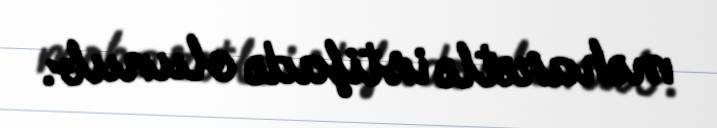
məharətlə istifadə olunub.